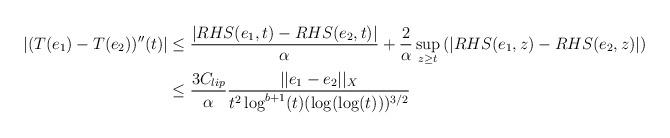
LaTeX: \begin{align*} |(T(e_{1})-T(e_{2}))''(t)| &\leq \frac{|RHS(e_{1},t)-RHS(e_{2},t)|}{\alpha} + \frac{2}{\alpha}\sup_{z \geq t}\left(|RHS(e_{1},z)-RHS(e_{2},z)|\right)\\&\leq \frac{3 C_{lip}}{\alpha} \frac{||e_{1}-e_{2}||_{X}}{t^{2}\log^{b+1}(t) (\log(\log(t)))^{3/2}} \end{align*}